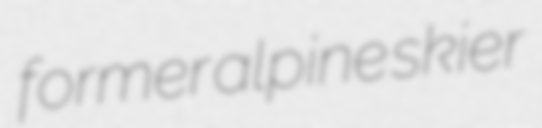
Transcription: former alpine skier